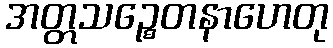
အတ္တသဉ္စေတနာဟေတု